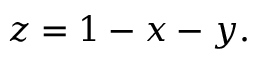
\quad z = 1 - x - y . \,